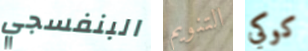
البنفسجي التنويم كوكي